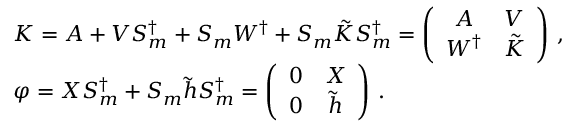
\begin{array} { l } { { { \cal K } = { \cal A } + V S _ { m } ^ { \dagger } + S _ { m } W ^ { \dagger } + S _ { m } \tilde { { \cal K } } S _ { m } ^ { \dagger } = \left( \begin{array} { c c } { { { \cal A } } } & { { V } } \\ { { W ^ { \dagger } } } & { { \tilde { { \cal K } } } } \end{array} \right) \, , } } \\ { { \varphi = X S _ { m } ^ { \dagger } + S _ { m } \tilde { h } S _ { m } ^ { \dagger } = \left( \begin{array} { c c } { { 0 } } & { { X } } \\ { { 0 } } & { { \tilde { h } } } \end{array} \right) \, . } } \end{array}